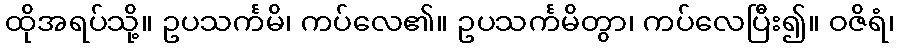
ထိုအရပ်သို့။ ဥပသင်္ကမိ၊ ကပ်လေ၏။ ဥပသင်္ကမိတွာ၊ ကပ်လေပြီး၍။ ဝဇိရံ၊